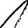
Digit: 1